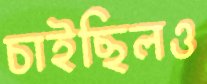
চাইছিলও